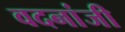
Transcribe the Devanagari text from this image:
वदनांजी